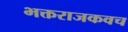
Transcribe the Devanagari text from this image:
भक्तराजकवच